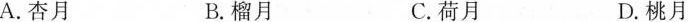
A.杏月 B.榴月 C.荷月 D.桃月